Annual administration report of the Civil Veterinary Department of India - 1898-1899
Year: 1898
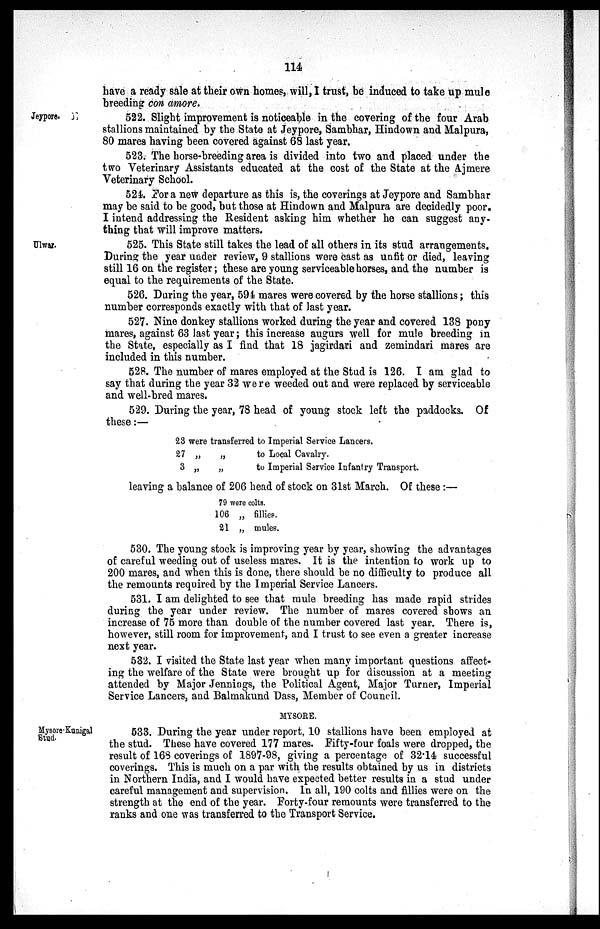
114
have a ready sale at their own homes, will, I trust, be induced to take up mule
breeding con amore.
Jeypore.
522. Slight improvement is noticeable in the covering of the four Arab
stallions maintained by the State at Jeypore, Sambhar, Hindown and Malpura,
80 mares having been covered against 68 last year.
523. The horse-breeding area is divided into two and placed under the
two Veterinary Assistants educated at the cost of the State at the Ajmere
Veterinary School.
524. For a new departure as this is, the coverings at Jeypore and Sambhar
may be said to be good, but those at Hindown and Malpura are decidedly poor.
I intend addressing the Resident asking him whether he can suggest any-
thing that will improve matters.
Ulwar.
525. This State still takes the lead of all others in its stud arrangements.
During the year under review, 9 stallions were cast as unfit or died, leaving
still 16 on the register; these are young serviceable horses, and the number is
equal to the requirements of the State.
526. During the year, 594 mares were covered by the horse stallions; this
number corresponds exactly with that of last year.
527. Nine donkey stallions worked during the year and covered 138 pony
mares, against 63 last year; this increase augurs well for mule breeding in
the State, especially as I find that 18 jagirdari and zemindari mares are
included in this number.
528. The number of mares employed at the Stud is 126. I am glad to
say that during the year 32 were weeded out and were replaced by serviceable
and well-bred mares.
529. During the year, 78 head of young stock left the paddocks. Of
these:—
23
27
3
were transferred to Imperial Service Lancers.
„
„
„
„
to Local Cavalry.
to Imperial Service Infantry Transport.
leaving a balance of 206 head of stock on 31st March. Of these:—
79 were colts.
106
21
„
„
fillies.
mules.
530. The young stock is improving year by year, showing the advantages
of careful weeding out of useless mares. It is the intention to work up to
200 mares, and when this is done, there should be no difficulty to produce all
the remounts required by the Imperial Service Lancers.
531. I am delighted to see that mule breeding has made rapid strides
during the year under review. The number of mares covered shows an
increase of 75 more than double of the number covered last year. There is,
however, still room for improvement, and I trust to see even a greater increase
next year.
532. I visited the State last year when many important questions affect-
ing the welfare of the State were brought up for discussion at a meeting
attended by Major Jennings, the Political Agent, Major Turner, Imperial
Service Lancers, and Balmakund Dass, Member of Council.
MYSORE.
Mysore-Kunigal
Stud.
533. During the year under report, 10 stallions have been employed at
the stud. These have covered 177 mares. Fifty-four foals were dropped, the
result of 168 coverings of 1897-98, giving a percentage of 32.14 successful
coverings. This is much on a par with the results obtained by us in districts
in Northern India, and I would have expected better results in a stud under
careful management and supervision. In all, 190 colts and fillies were on the
strength at the end of the year. Forty-four remounts were transferred to the
ranks and one was transferred to the Transport Service.